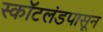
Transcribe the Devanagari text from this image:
स्कॉटलंडपासून